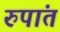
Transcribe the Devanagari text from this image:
रुपांत